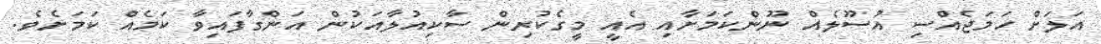
އަލަށް ހަމަޖެއްސި އުސޫލެއް ނޫންކަމަށާއި އެއީ މީގެކުރިން ސާކިއުލާއަކުން އަންގާފައިވާ ކަމެއް ކަމަށެވެ.